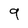
Character: 9